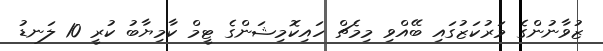
ޒުވާނުންގެ މަރުކަޒުގައި ބޭއްވި މިމެޗް ހައިކޮމިޝަންގެ ޓީމް ކާމިޔާބު ކުރީ 10 ލަނޑު